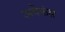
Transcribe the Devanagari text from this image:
अवेकंस